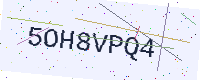
Text: 5OH8VPQ4